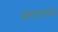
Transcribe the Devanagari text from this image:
ऑकलंडाच्या